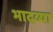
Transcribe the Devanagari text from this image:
भादव्या